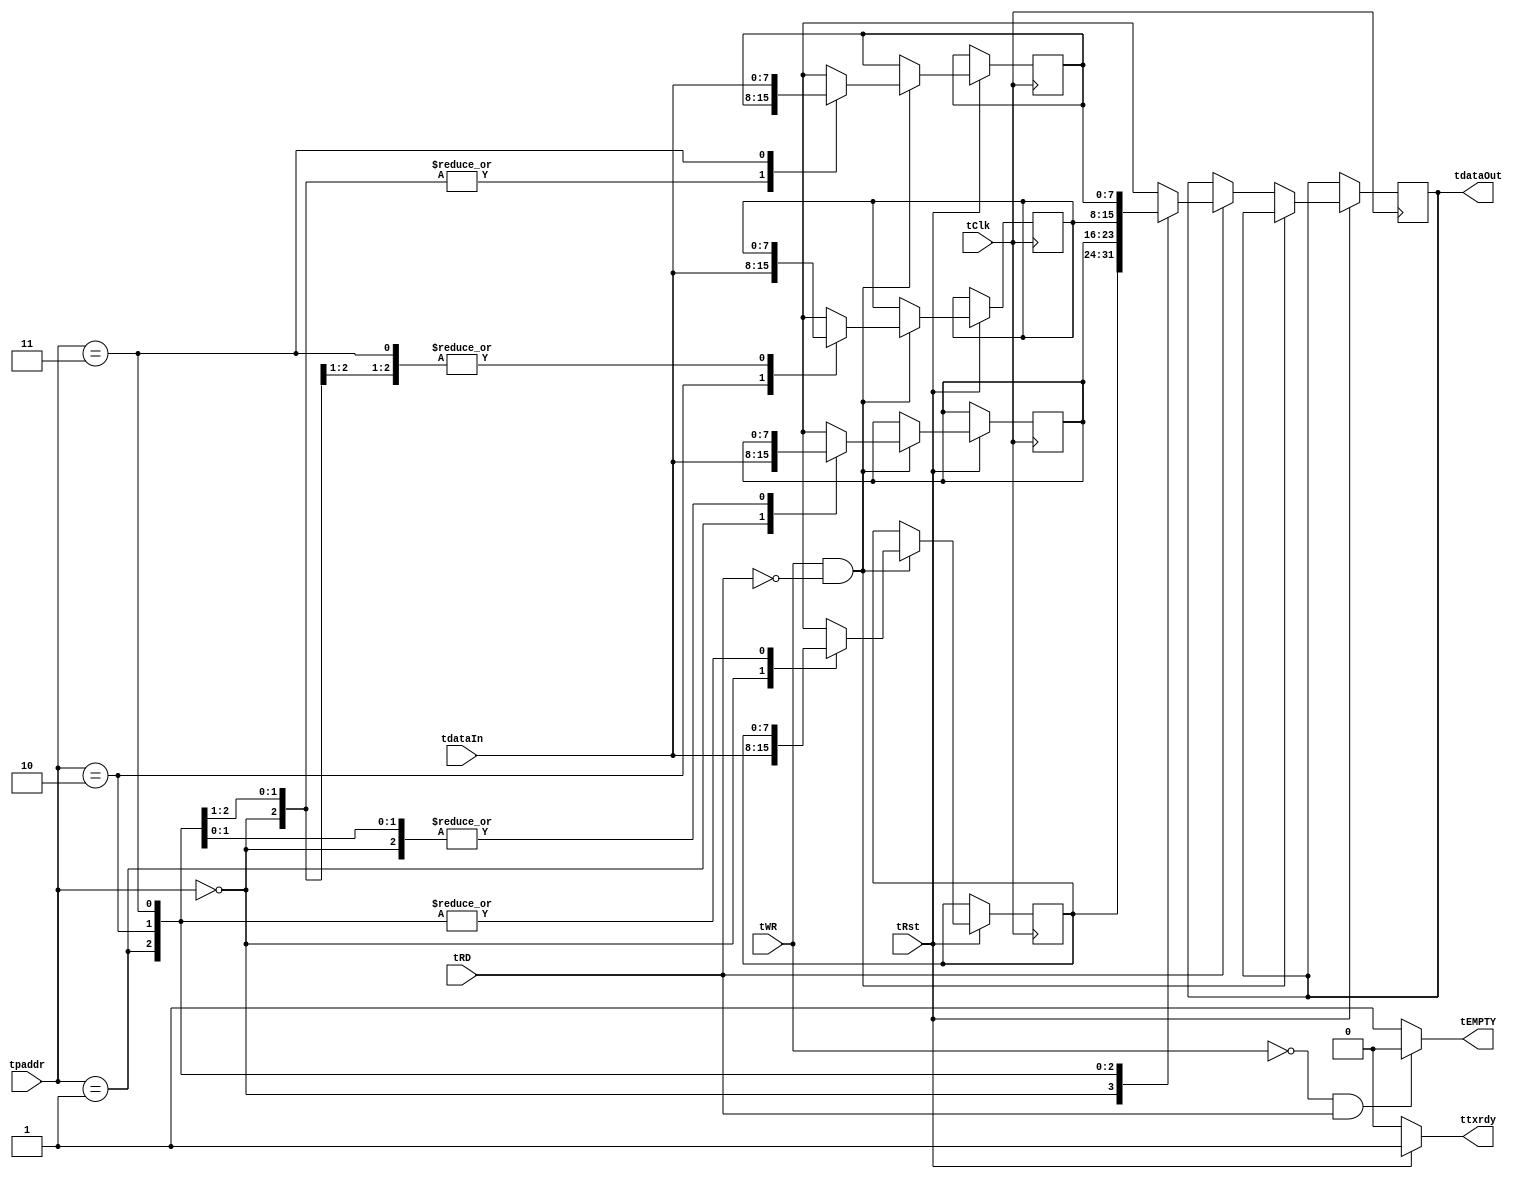
`timescale 1ns / 1ps  // Defines the simulation timescale (1ns for time unit, 1ps for precision)
//////////////////////////////////////////////////////////////////////////////////
// Company:
// Engineer:
//
// Design Name:
// Module Name:    buffer_t
// Project Name:
// Target Devices:
// Tool versions:
// Description:
//
// Dependencies:
//
// Revision:
// Revision 0.01 - File Created
// Additional Comments:
//
//////////////////////////////////////////////////////////////////////////////////
`timescale 1ns/1ps

`define BITWIDTH 8  // Defines a macro BITWIDTH with value 8

module buffer_t( tClk, tdataIn, tRD, tWR, tpaddr, tdataOut, tRst, tEMPTY, ttxrdy);  

 input tClk, tRD, tWR, tRst;  // Input ports: clock, read signal, write signal, reset
 input [1:0] tpaddr;  // Input port: address bus (2 bits)
 output tEMPTY, ttxrdy;  // Output ports: buffer empty status, transmit ready status
 input [`BITWIDTH-1:0] tdataIn;  // Input port: data input
 output reg [`BITWIDTH-1:0] tdataOut;  // Output port: data output

 assign tEMPTY = (!tWR && tRD) ? 1'b0 : 1'b1; // Evaluates if the buffer is empty or not based on control signals
 assign ttxrdy = (!tRst) ? 1'b0 : 1'b1; // Evaluates the data buffer status based on the reset signal

 reg [`BITWIDTH-1:0] mem[3:0]; // Declares a 4-entry memory, each entry holding data of width defined by BITWIDTH

 always @(posedge tClk)  // Sensitivity to positive edge of tClk
 begin
    if (tRst) begin  // If reset signal is active
        if (tWR && !tRD) begin  // If write signal is active and read signal is inactive
            mem[tpaddr] = tdataIn;  // Write dataIn to the buffer at address tpaddr
        end
        else if (tRD) begin  // If read signal is active
            tdataOut = mem[tpaddr];  // Read data from the buffer at address tpaddr and assign to tdataOut
        end
        else;  // In other cases, do nothing
    end
 end

endmodule